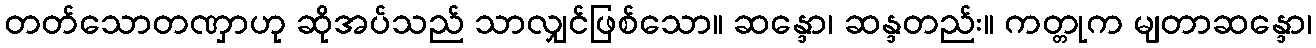
တတ်သောတဏှာဟု ဆိုအပ်သည် သာလျှင်ဖြစ်သော။ ဆန္ဒော၊ ဆန္ဒတည်း။ ကတ္တုက မျတာဆန္ဒော၊